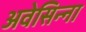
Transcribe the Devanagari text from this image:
अवेसिन्ना